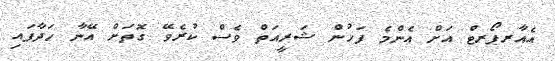
އެއާރޕޯރޓް އަށް އެންމެ ފަހުން ޝަރީއަތް ވެސް ކުރެވޭ ގޮތަށް އޭނާ ހަދާފައި